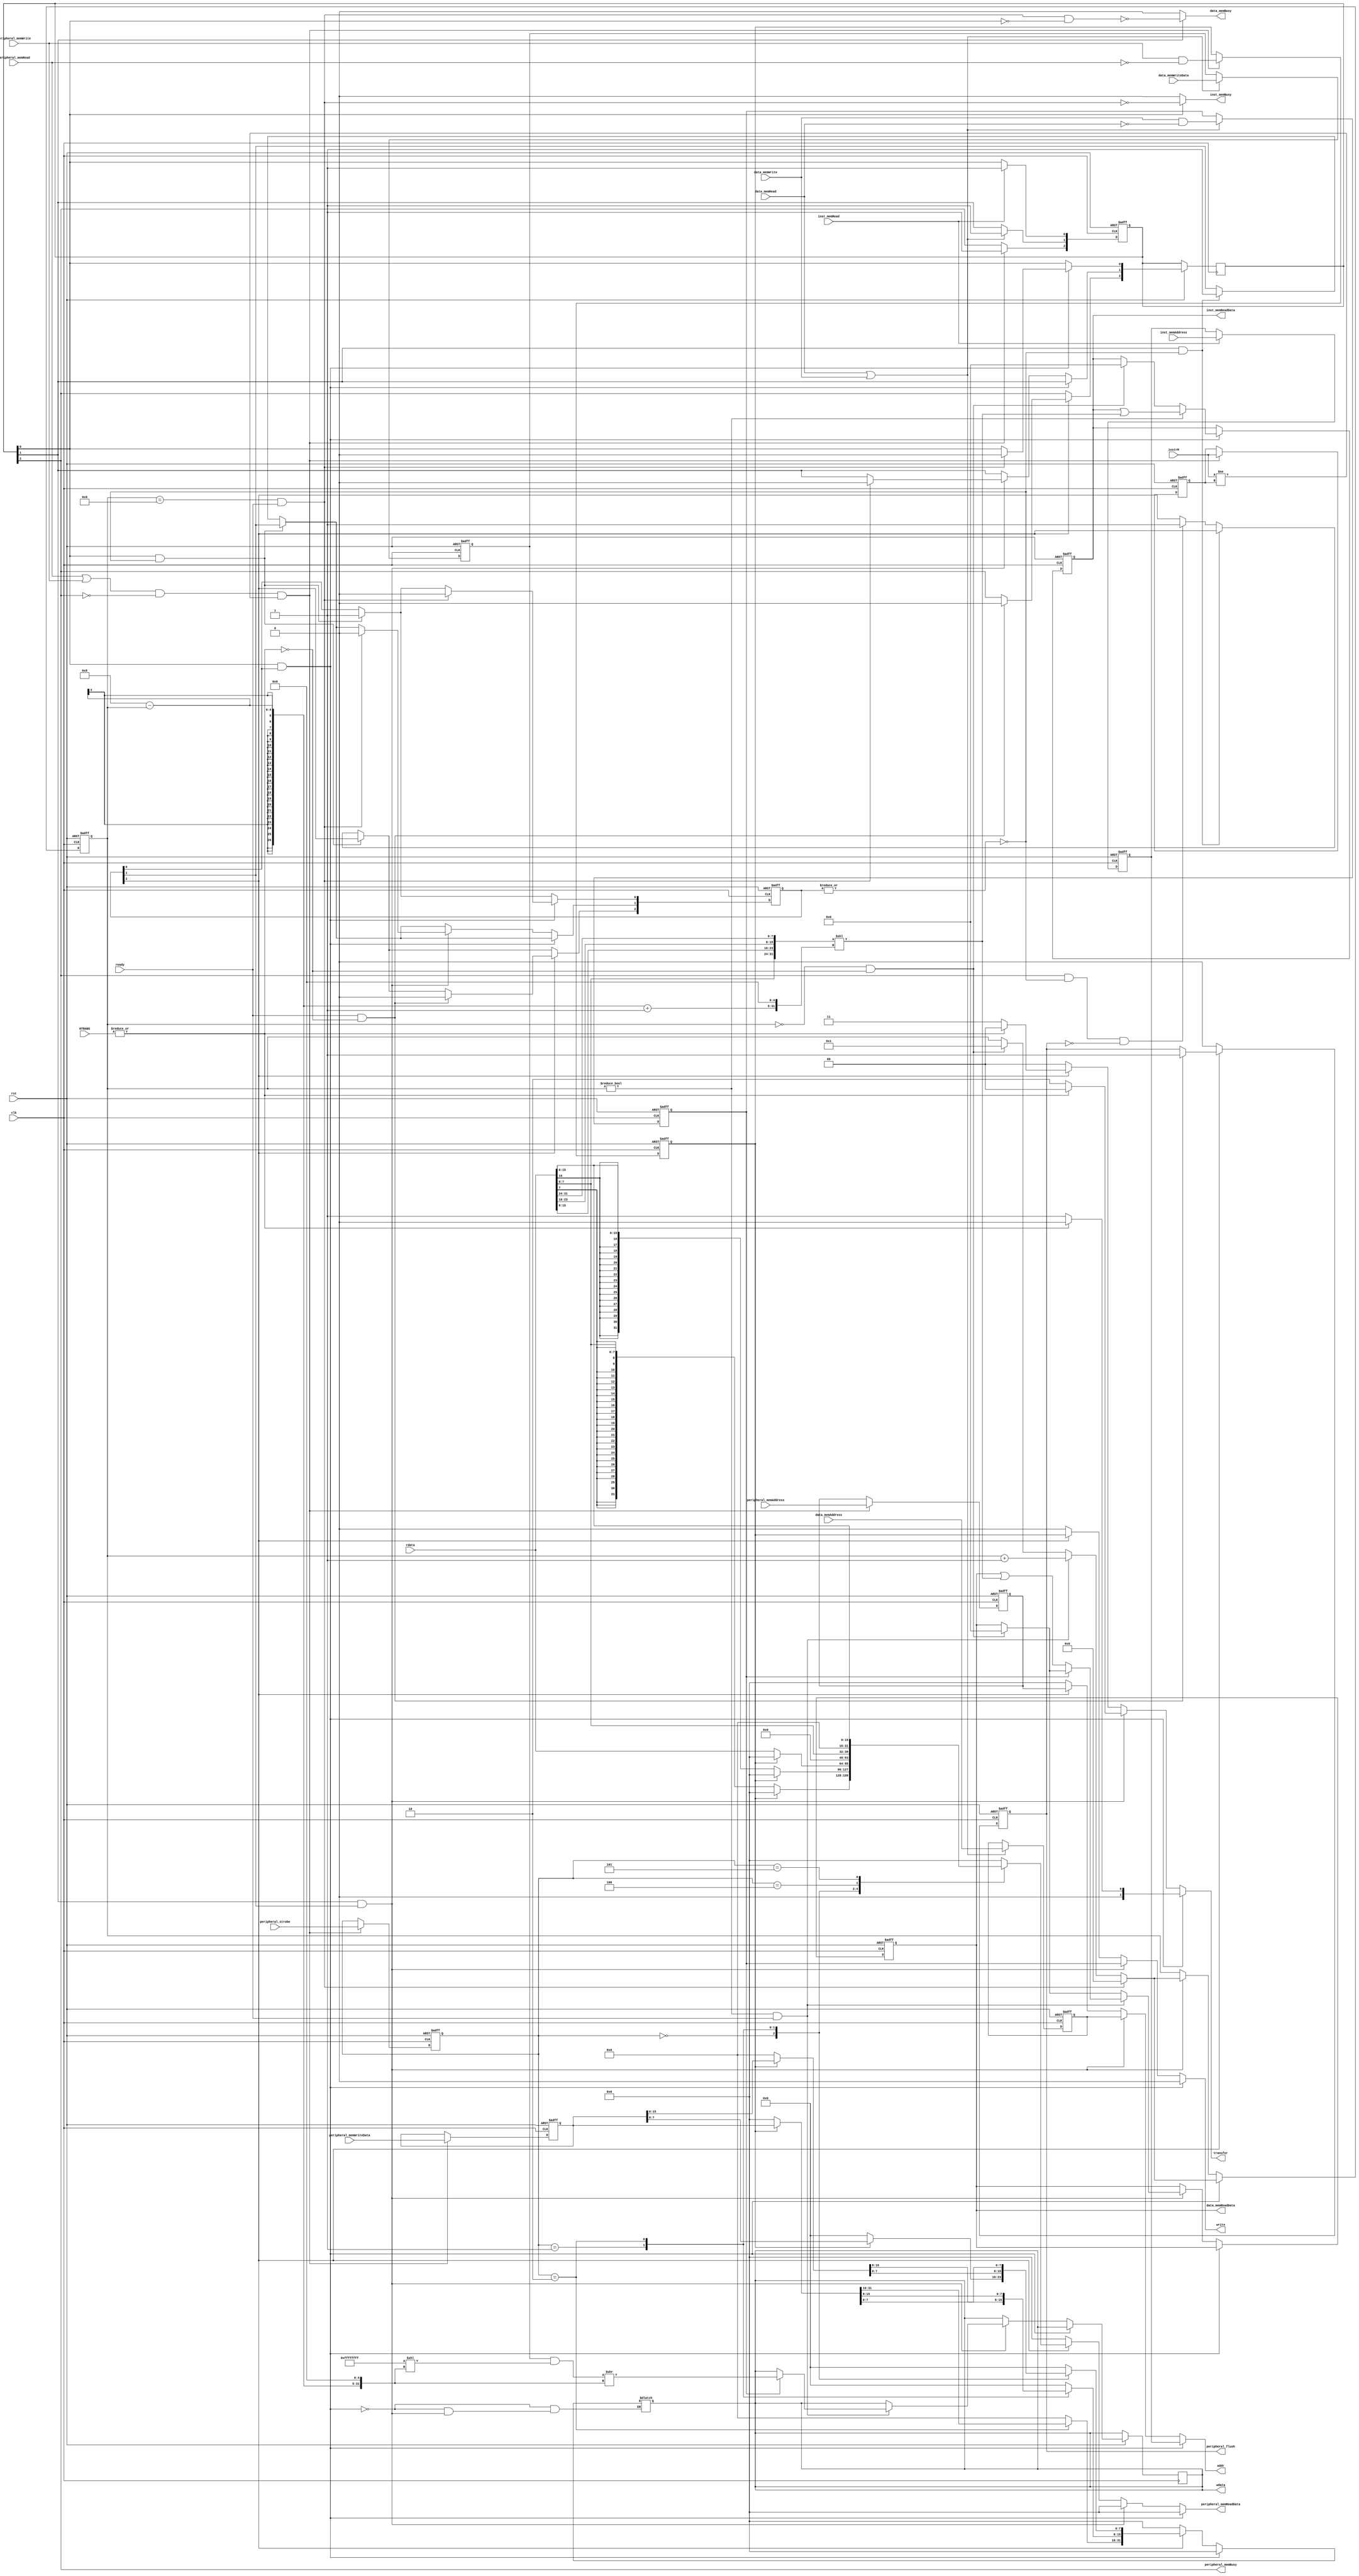
module Memory_Arbiter #(parameter BLOCK_SIZE = 32) (
    input   wire    clk,
    input   wire    rst,

    //  I-CACHE INTERFACE
    input   wire     [31:0]                     inst_memAddress,
    input   wire                                inst_memRead,
    output  reg     [(BLOCK_SIZE*8) - 1:0]      inst_memReadData,
    output  reg                                 inst_memBusy,

    //  D-CACHE INTERFACE
    input   wire    [31:0]                      data_memAddress,
    input   wire                                data_memRead,
    output  reg     [(BLOCK_SIZE*8) - 1:0]      data_memReadData,
    input   wire                                data_memWrite,
    input   wire    [(BLOCK_SIZE*8) - 1:0]      data_memWriteData,
    output  reg                                 data_memBusy,

    // PERIPHERAL INTERFACE
    input   wire    [31:0]                      instrM,
    input   wire    [31:0]                      peripheral_memAddress,
    input   wire                                peripheral_memRead,
    output  reg     [31:0]                      peripheral_memReadData,
    input   wire                                peripheral_memWrite,
    input   wire    [31:0]                      peripheral_memWriteData,
    input   wire    [2:0]                       peripheral_strobe,
    output  reg                                 peripheral_memBusy,
    output  reg                                 peripheral_flush,


    //  AHB ADAPTER INTERFACE
    input   wire    [31:0]      rdata,
    input   wire                ready,
    input   wire    [1:0]       HTRANS,

    output  reg     [31:0]      addr,
    output  reg                 write,
    output  reg     [31:0]      wdata,
    output  reg     [1:0]       transfer
);

localparam NUM_BLOCKS = (BLOCK_SIZE >> 2);

reg [2:0]  requests;  // {Peripheral, Data, Inst}.
reg [2:0]  active_request;

reg [31:0]  inst_address_reg, data_address_reg, peripheral_address_reg, peripheral_wdata_reg;
reg [(BLOCK_SIZE*8) - 1:0] wdata_reg;
reg [2:0]   strobe_reg;
reg         rw_reg, peripheral_rw_reg;

reg [31:0] servicedInstr;

reg [3:0] counter;

wire [31:0] temp_rdata;

always @ (posedge clk or negedge rst) begin
    if (~rst) begin
        inst_address_reg <= 0;
        data_address_reg <= 0;
        strobe_reg       <= 0;
        rw_reg           <= 0;
        requests         <= 0;
        wdata_reg        <= 0;
        peripheral_address_reg  <= 0;
        peripheral_rw_reg       <= 0;
        peripheral_wdata_reg    <= 0;
        servicedInstr <= 0;
    end
    else begin
        if (inst_memRead /*&& ~(|active_request)*/) begin
            inst_address_reg <= inst_memAddress;
            requests[0] <= 1;
        end
        //else begin
        //    requests[0] <= 0;
        //end

        if ((data_memRead || data_memWrite) /*&& ~(|active_request)*/) begin
            data_address_reg <= data_memAddress;
            rw_reg           <= (data_memWrite && ~data_memRead);
            wdata_reg        <= data_memWriteData;

            requests[1] <= 1;
        end
        //else begin
        //    requests[1] <= 0;
        //end

        if ((peripheral_memRead || peripheral_memWrite)  && ~peripheral_memBusy && (instrM != servicedInstr) /*&& ~|{active_request[1],active_request[0]}*/) begin
            servicedInstr <= instrM;
            peripheral_address_reg <= peripheral_memAddress;
            peripheral_rw_reg   <= (peripheral_memWrite && ~peripheral_memRead);
            peripheral_wdata_reg    <= peripheral_memWriteData;
            strobe_reg <= peripheral_strobe;

            requests[2] <= 1;
        end
        //else begin
        //    requests[2] <= 0;
        //end
    end
end

always @(*) begin
    peripheral_memReadData = 0;

    if (requests[0] && active_request[0]) begin  //  I-Cache Request.
        addr     =  inst_address_reg;
        write    =  0;
        wdata    =  0;
        if ((~|HTRANS)) begin
            transfer =  1;   
        end
        else begin
            transfer =  0;  
        end
    end
    else if (requests[1] && active_request[1]) begin //  D-Cache Request.
        addr     =  data_address_reg;
        write    =  rw_reg;
        //wdata    =  wdata_reg;
        
        if ((~|HTRANS)) begin
            transfer =  2;  // Write/Read Cache Line. 
            //transfer =  rw_reg ? 2 : 3;  // Write/Read Cache Line. 
        end
        else begin
            transfer =  0; 
        end
    end
    else if (active_request[2]) begin //  Peripheral Request.
        addr     =  peripheral_address_reg;
        write    =  peripheral_rw_reg;
        if ((~|HTRANS)) begin
            transfer =  3;  // Write/Read from Peripheral. 
            //transfer =  rw_reg ? 4 : 5;  // Write/Read from Peripheral. 
        end
        else begin
            transfer =  0; 
        end
        //peripheral_memBusy = ~ready; //&& (~|HTRANS)

        wdata = 0;
        peripheral_memReadData = 0;
        case (strobe_reg)
            //lb/sb
            3'b000          :       begin
                                        if (peripheral_rw_reg)
                                            wdata[7:0] = peripheral_wdata_reg[7:0];
                                        else 
                                            peripheral_memReadData = {{24{rdata[7]}}, rdata[7:0]};
                                    end

            //lh/sh
            3'b001          :       begin
                                        if (peripheral_rw_reg)
                                            wdata[15:0] = peripheral_wdata_reg[15:0];
                                        else 
                                            peripheral_memReadData = {{16{rdata[15]}}, rdata[15:0]};
                                    end

            //lw/sw
            3'b010          :       begin
                                        if (peripheral_rw_reg)
                                            wdata = peripheral_wdata_reg;               
                                        else 
                                            peripheral_memReadData = rdata;
                                    end

            //lbu
            3'b100          :       begin
                                        peripheral_memReadData = {{24{1'b0}}, rdata[7:0]};
                                    end

            //lhu
            3'b101          :       begin
                                        peripheral_memReadData = {{16{1'b0}}, rdata[15:0]};
                                    end
        endcase
    end
    else begin
        addr     =  0;
        write    =  0;
        wdata    =  0;
        transfer =  0; 
        peripheral_memReadData = 0;
    end
end

always @ (*) begin
    if (requests[0]) begin
        inst_memBusy = ~(counter == (NUM_BLOCKS+1) && ready);
    end
    else begin
        inst_memBusy = 0;
    end

    if (requests[1]) begin
        data_memBusy = ~(counter == (NUM_BLOCKS+1) && ready && ~requests[0]);
    end
    else begin
        data_memBusy = 0;
    end


    peripheral_memBusy = requests[2];//active_request[2] && (~ready || (|HTRANS));
    //if (requests[2]) begin
    //    peripheral_memBusy = active_request[2];
    //end
    //else begin
    //    peripheral_memBusy = 0;
    //end
end

//always @(*) begin
//    if (requests[0] && ~(|active_request))
//        active_request = {1'b0,1'b0,1'b1};
//    else if (requests[1] && ~(|active_request))
//        active_request = {1'b0,1'b1,1'b0};
//    else if (requests[2] && ~(|active_request) /*&& ~data_memBusy && ~inst_memBusy*/)
//        active_request = {requests[2],1'b0,1'b0};
//
//    else if (active_request[0])
//        active_request = {1'b0,1'b0,requests[0]};
//    else if (active_request[1])
//        active_request = {1'b0,requests[1],1'b0};
//    else if (active_request[2])
//        active_request = {~peripheral_flush,1'b0,1'b0};
//
//    else
//        active_request = 3'b0;
//end

always @(posedge clk or negedge rst) begin
    if (~rst) begin
        counter <= 0;
        inst_memReadData <= 0;
        data_memReadData <= 0;
        active_request <= 0;
        peripheral_flush <= 0;
    end
    else begin
        if (requests[0] && ~(|active_request))
            active_request[0] <= 1;
        else if (requests[1] && ~(|active_request))
            active_request[1] <= 1;
        else if (requests[2] && ~(|active_request) && ~peripheral_flush/*&& ~data_memBusy && ~inst_memBusy*/) begin
            active_request[2] <= 1;
            //requests[2] <= 0;
        end

        if (requests[0] && active_request[0]) begin
            if (counter == 0 && (~|HTRANS)) begin
                counter <= 1;
                inst_memReadData <= 0;
            end
        
            if (counter == (NUM_BLOCKS+1) && ready) begin
                //inst_memBusy <= 0;
                //inst_memReadData <= 0;
                counter <= 0;
                requests[0] <= 0;
                active_request[0] <= 0;
            end
            else begin
                //inst_memBusy <= 1;
                if (counter != 0 && ready) begin
                    counter <= counter + 1;
                end
            end  
            
            if (counter != 0) begin
                inst_memReadData <= inst_memReadData | (temp_rdata << ((NUM_BLOCKS - counter + 1) << 5));
            end
        end

        else if (requests[1] && active_request[1]) begin
            if (counter == 0 && (~|HTRANS)) begin
                counter <= 1;
                data_memReadData <= 0;
            end
        
            if (counter == (NUM_BLOCKS+1) && ready) begin
                //data_memBusy <= 0;\
                //data_memReadData <= 0;
                counter <= 0;
                requests[1] <= 0;
                active_request[1] <= 0;
            end
            else begin
                //data_memBusy <= 1;
                if (counter != 0 && ready) begin
                    counter <= counter + 1;
                end
            end  
            
            if (counter != 0 && ready) begin
                if (rw_reg) begin
                    wdata <= (wdata_reg & (32'hFFFFFFFF << ((NUM_BLOCKS - counter) << 5))) >> ((NUM_BLOCKS - counter) << 5);
                end
                else begin
                    data_memReadData <= data_memReadData | (temp_rdata << ((NUM_BLOCKS - counter + 1) << 5));
                end
            end   
        end

        //if (peripheral_flush) 
        if (active_request[2]) begin
            //requests[2] <= 0;
            if (ready && (~|HTRANS)) begin
                //if (!((peripheral_memRead || peripheral_memWrite)))
                requests[2] <= 0;
                active_request[2] <= 0;
                peripheral_flush <= 1;
            end
        end
        else begin
            peripheral_flush <= 0;
        end
        
    end
    
end

//assign peripheral_flush = active_request[2] && ready && (~|HTRANS);

assign temp_rdata = {rdata[7:0], rdata[15:8], rdata[23:16], rdata[31:24]};

endmodule